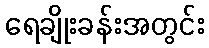
ရေချိုးခန်းအတွင်း